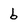
Character: b